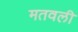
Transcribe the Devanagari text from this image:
मतवली